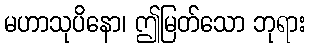
မဟာသုပိနော၊ ဤမြတ်သော ဘုရား